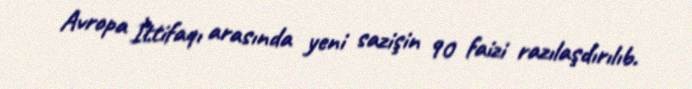
Avropa İttifaqı arasında yeni sazişin 90 faizi razılaşdırılıb.